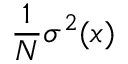
{ \frac { 1 } { N } } \sigma ^ { 2 } ( x )